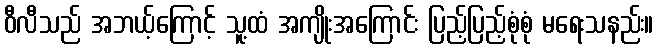
ဝီလီသည် အဘယ့်ကြောင့် သူ့ထံ အကျိုးအကြောင်း ပြည့်ပြည့်စုံစုံ မရေးသနည်း။